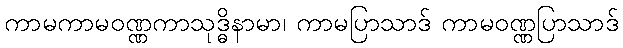
ကာမကာမဝဏ္ဏကာသုဒ္ဓိနာမာ၊ ကာမပြာသာဒ် ကာမဝဏ္ဏပြာသာဒ်